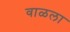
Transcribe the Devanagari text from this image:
वाळला